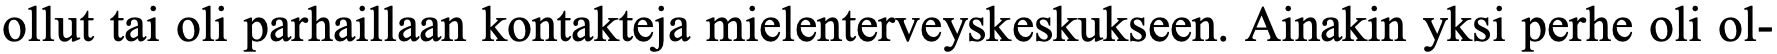
ollut tai oli parhaillaan kontakteja mielenterveyskeskukseen. Ainakin yksi perhe oli ol-